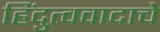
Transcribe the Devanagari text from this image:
हिंदुत्ववादाचे